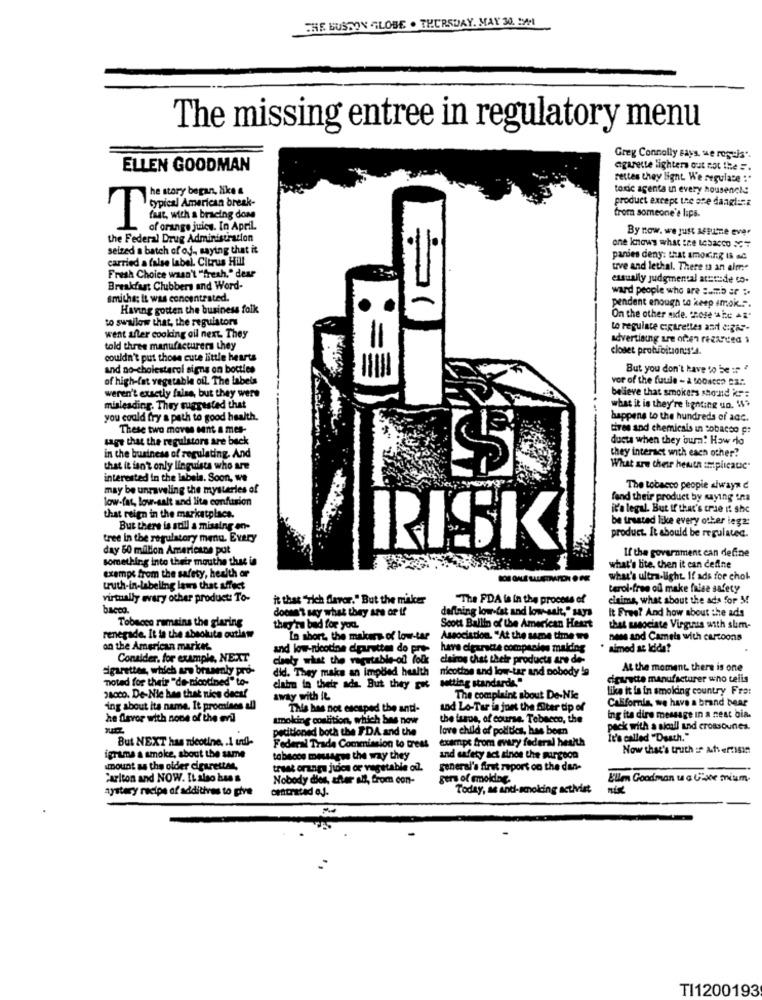
THE BOSTON GLOBE . THURSDAY, MAY 30. 191
The missing entree in regulatory menu
Grey Connolly says, we rogeis".
ELLEN GOODMAN
agarette lighters out not the =.
rettes they light. We regulace :"
he story began, like a
toxic agenta in every housencia
product except the ore daagli
cypical American break-
from someone'e laps.
1 4h With a bracing don
of orange juice. In April.
By now. we just astume ever
the Federal Drug Administration
one knows what the tesacco
seized a batch of of ., saying that it
carried a false label. Citrus Hill
panies deny: that smoking Is ad
uve and lethal. There u an elmr."
Fresh Choice wasn't "fresh," dear
essually judgmental aturesde to-
Breakfast Clubbers and Word-
ward people who are sumb ar :
smiths; It was concentrated.
Having gotten the business folk
pendent enough to keep smok ...
to swallow that, the regulators
On the other axle. chose the Ag
to regulate cigarettes asit digis-
went afler cooking oil next. They
advertising are often regarded $
told three manufacturers they
closet prohibition:s'4.
couldn't put those cute little hearts
and no-cholesterol signs on bocties
But you don't have to be : "
of high-fat vegetable oil. The labels
vor of the fuule - À 100acco Ca ..
weren't exactly false, but they were
believe that smokers stond ics :
misleading. They suggested that
what it is they're lighting un. W?
you could fry a path to good health.
happens to the hundreds of aac.
These two moves sant a mes-
tives and chemicals in tobacco pr
sage that the regulators are back
ducta when they burn! How do
they interact with each other?
in the business of regulating. And
that it isn't only linguists who are
What are their henta implicatic.
interested in the labels. Soon, we
may be unraveling the mysteries of
The tobacco people always
low-fat, low-salt and lite confusion
fand their product by saying una
that reign in the marketplace.
it's legal. But If that's crue it she
be treated like every other iega:
But there is still a missing en-
tree in the regulatory menu. Every
product. It abould be regulated.
day 50 million Americans put
RISKI!
If the government can define
something into their mouths that is
exempt from the safety, health or
what's lite, then it can define
what's ultra-light. If ads for chok
truth-in-labeling laws that affect
terol-free ofl make false safety
virtually every other product: To-
it that "rich flavor." But the maker
"The FDA is in the process of
claims, what about the ads for M!
bacco.
doesn't say what they are or if
defining low-fat and low-salt," says
It Free? And how about the ads
Tobacco remains the glaring
Scott Ballin of the American Heart
they're bad for you.
that ssegciate Virguus with shm-
renegade. It is the absolute outlaw
Lo short, the makers of low-tar
Association. "At the same time tro
ness and Camels with cartoons
an the American market.
and low-nicotine dprutten do prte
have cigarette compsales maiding
* aimed at Idida?
Consider, for example, NEXT
chaely what the vegetable-of folk
clairog that their products are de-
cigarettes, which ars brusmnb
did. They make an impbed health
nicotine and low-tar and nobody ig
At the moment, there is one
"noted for their "de-nicotined" to-
setting standards"
cigarette manufacturer who telis
claim in their ada. But they pi
like it la in smoking country Fre:
pacco. De-Nie han that nics decaf
away with It
The complaint about De-Nie
California, we have a brand bear
ing about ita name. It promises all
This has not escaped the anti-
and Lo-Tar in jort the filter tip of
he flavor with none of the evil
umoking condition, which has now
the issue, of course. Tobacco, the
ing its dire message in a nest bia.
petitioned both the FDA and the
love child of politics, has been
pack with a sicall and cromsounes.
But NEXT has nicotine .. 1 und-
exempt from every federal health
It's called "Death."
Federal Trade Commission to treat
Now that's truth : Atvertisin
igrams a smoke, about the same
tobacco messages the way they
and safety act sinoe the Rirgoon
amount as the older cigarettes,
trust orange juice or vegetable of.
general's first report on the dan-
Carlton and NOW. It also bun's
Nobody dies, after all, from con-
gers of molding.
Ellen Goodman u & lixe mium.
aystery recipe of additives to give
Today, as ant-smoking activist
TI1200193